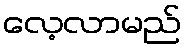
လေ့လာမည်